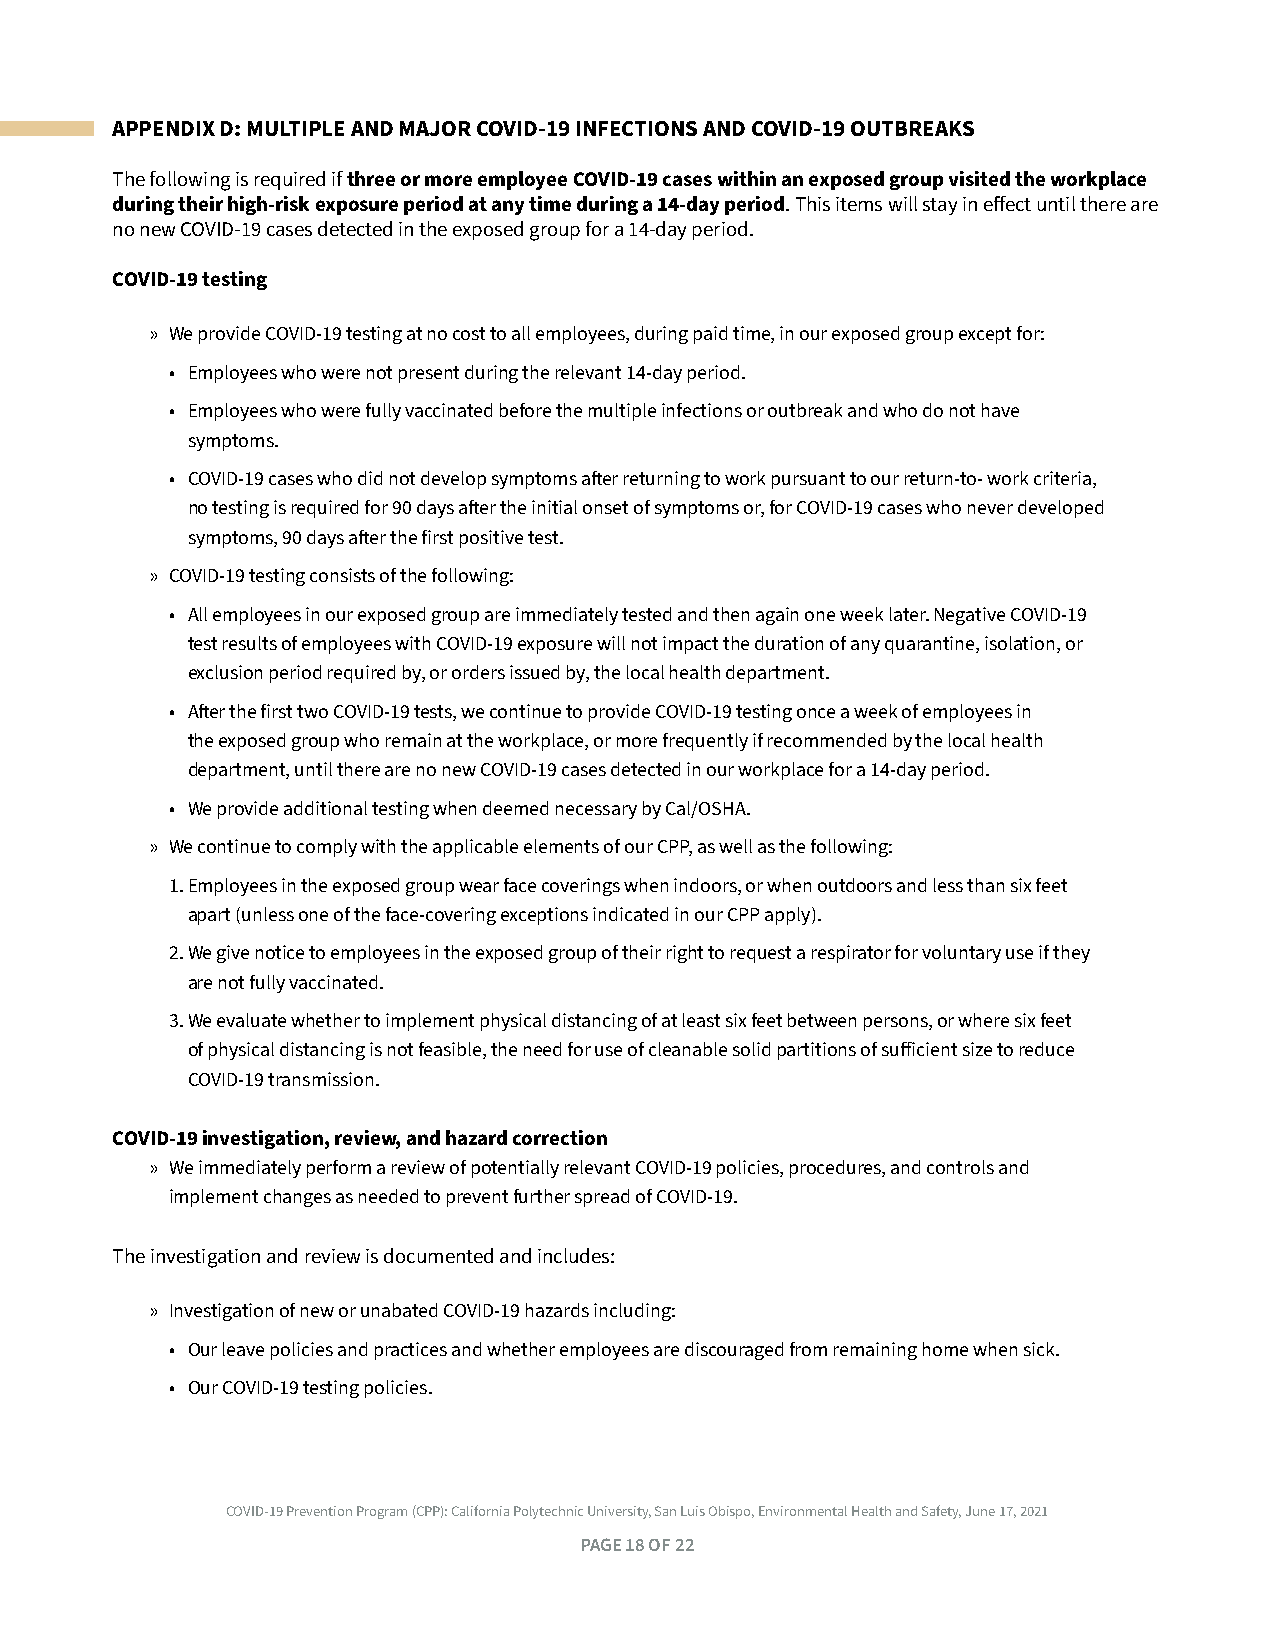
APPENDIX D: MULTIPLE AND MAJOR COVID-19 INFECTIONS AND COVID-19 OUTBREAKS
 The following is required if three or more employee COVID-19 cases within an exposed group visited the workplace
 during their high-risk exposure period at any time during a 14-day period . This items will stay in effect until there are
 no new COVID-19 cases detected in the exposed group for a 14-day period .
 COVID-19 testing
 » We provide COVID-19 testing at no cost to all employees, during paid time, in our exposed group except for:
 • Employees who were not present during the relevant 14-day period .
 • Employees who were fully vaccinated before the multiple infections or outbreak and who do not have
 symptoms .
 • COVID-19 cases who did not develop symptoms after returning to work pursuant to our return-to- work criteria,
 no testing is required for 90 days after the initial onset of symptoms or, for COVID-19 cases who never developed
 symptoms, 90 days after the first positive test .
 » COVID-19 testing consists of the following:
 • All employees in our exposed group are immediately tested and then again one week later . Negative COVID-19
 test results of employees with COVID-19 exposure will not impact the duration of any quarantine, isolation, or
 exclusion period required by, or orders issued by, the local health department .
 • After the first two COVID-19 tests, we continue to provide COVID-19 testing once a week of employees in
 the exposed group who remain at the workplace, or more frequently if recommended by the local health
 department, until there are no new COVID-19 cases detected in our workplace for a 14-day period .
 • We provide additional testing when deemed necessary by Cal/OSHA .
 » We continue to comply with the applicable elements of our CPP, as well as the following:
 1 . Employees in the exposed group wear face coverings when indoors, or when outdoors and less than six feet
 apart (unless one of the face-covering exceptions indicated in our CPP apply) .
 2 . We give notice to employees in the exposed group of their right to request a respirator for voluntary use if they
 are not fully vaccinated .
 3 . We evaluate whether to implement physical distancing of at least six feet between persons, or where six feet
 of physical distancing is not feasible, the need for use of cleanable solid partitions of sufficient size to reduce
 COVID-19 transmission .
 COVID-19 investigation, review, and hazard correction
 » We immediately perform a review of potentially relevant COVID-19 policies, procedures, and controls and
 implement changes as needed to prevent further spread of COVID-19 .
 The investigation and review is documented and includes:
 » Investigation of new or unabated COVID-19 hazards including:
 • Our leave policies and practices and whether employees are discouraged from remaining home when sick .
 • Our COVID-19 testing policies .
 COVID-19 Prevention Program (CPP): California Polytechnic University, San Luis Obispo, Environmental Health and Safety, June 17, 2021
 PAGE 18 OF 22